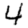
Digit: 4